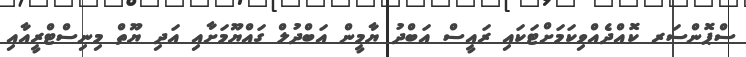
ސްޕޮންސަރ ކޮއްދެއްވިކަމަށްޓަކައި ރައީސް އަބްދު ޔާމީން އަބްދުލް ގައްޔޫމަށާއި އަދި ޔޫތް މިނިސްޓްރީއާއި